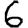
Digit: 6